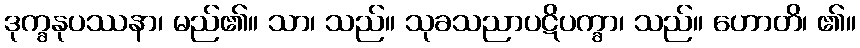
ဒုက္ခနုပဿနာ၊ မည်၏။ သာ၊ သည်။ သုခသညာပဋိပက္ခာ၊ သည်။ ဟောတိ၊ ၏။